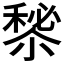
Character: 𥡁